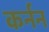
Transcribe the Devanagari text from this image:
कर्नन